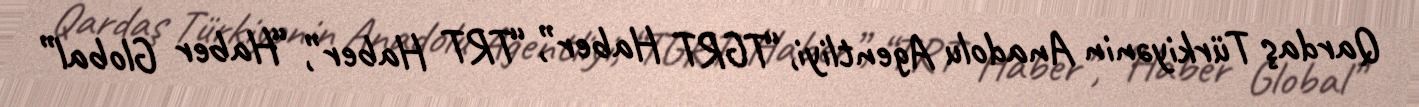
Qardaş Türkiyənin Anadolu Agentliyi, “TGRT Haber”, “TRT Haber”, “Haber Global”